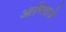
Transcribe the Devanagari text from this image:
आव्स्त्रिजे